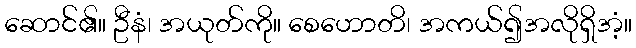
ဆောင်၏။ ဦနံ၊ အယုတ်ကို။ စေဟောတိ၊ အကယ်၍အလိုရှိအံ့။